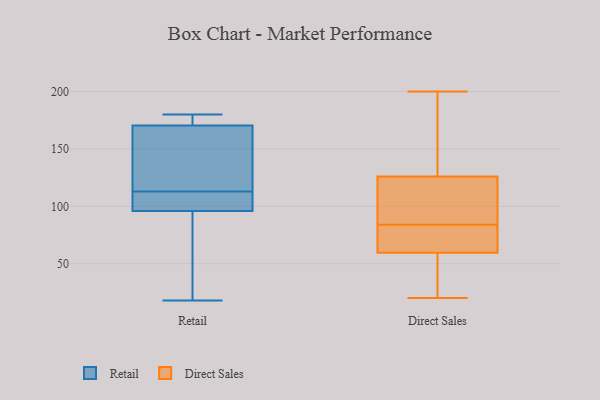
{"axis": {"x": "Population (Million)", "y": "Value"}, "legend": ["Direct Sales", "Retail"], "data": [{"x": "", "y": 105, "type": "Retail"}, {"x": "", "y": 113, "type": "Retail"}, {"x": "", "y": 18, "type": "Retail"}, {"x": "", "y": 175, "type": "Retail"}, {"x": "", "y": 137, "type": "Retail"}, {"x": "", "y": 94, "type": "Retail"}, {"x": "", "y": 157, "type": "Retail"}, {"x": "", "y": 47, "type": "Retail"}, {"x": "", "y": 175, "type": "Retail"}, {"x": "", "y": 180, "type": "Retail"}, {"x": "", "y": 102, "type": "Retail"}, {"x": "", "y": 20, "type": "Direct Sales"}, {"x": "", "y": 112, "type": "Direct Sales"}, {"x": "", "y": 139, "type": "Direct Sales"}, {"x": "", "y": 161, "type": "Direct Sales"}, {"x": "", "y": 68, "type": "Direct Sales"}, {"x": "", "y": 75, "type": "Direct Sales"}, {"x": "", "y": 125, "type": "Direct Sales"}, {"x": "", "y": 93, "type": "Direct Sales"}, {"x": "", "y": 23, "type": "Direct Sales"}, {"x": "", "y": 127, "type": "Direct Sales"}, {"x": "", "y": 117, "type": "Direct Sales"}, {"x": "", "y": 102, "type": "Direct Sales"}, {"x": "", "y": 28, "type": "Direct Sales"}, {"x": "", "y": 200, "type": "Direct Sales"}, {"x": "", "y": 29, "type": "Direct Sales"}, {"x": "", "y": 65, "type": "Direct Sales"}, {"x": "", "y": 67, "type": "Direct Sales"}, {"x": "", "y": 63, "type": "Direct Sales"}, {"x": "", "y": 145, "type": "Direct Sales"}, {"x": "", "y": 56, "type": "Direct Sales"}]}